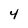
Character: 4